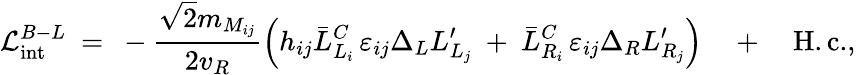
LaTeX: {\cal L}_{\mathrm{int}}^{B-L}\ =\ -\frac{\sqrt{2}m_{M_{ij}}}{2v_{R}}\Big(h_{ij}\bar{L}_{L_{i}}^{C}\, \varepsilon_{ij}\Delta_{L}L_{L_{j}}^{\prime}\ +\ \bar{L}_{R_{i}}^{C}\, \varepsilon_{ij}\Delta_{R}L_{R_{j}}^{\prime}\Big)\quad+\quad\mathrm{H.c.},